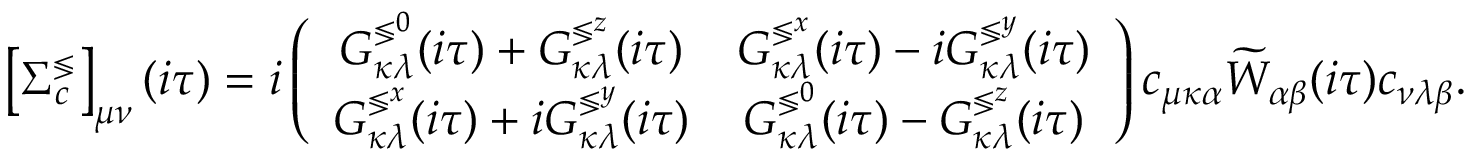
\left[ \Sigma _ { c } ^ { \lessgtr } \right] _ { \mu \nu } ( i \tau ) = i \left( \begin{array} { c c } { G _ { \kappa \lambda } ^ { \lessgtr ^ { 0 } } ( i \tau ) + G _ { \kappa \lambda } ^ { \lessgtr ^ { z } } ( i \tau ) } & { G _ { \kappa \lambda } ^ { \lessgtr ^ { x } } ( i \tau ) - i G _ { \kappa \lambda } ^ { \lessgtr ^ { y } } ( i \tau ) } \\ { G _ { \kappa \lambda } ^ { \lessgtr ^ { x } } ( i \tau ) + i G _ { \kappa \lambda } ^ { \lessgtr ^ { y } } ( i \tau ) } & { G _ { \kappa \lambda } ^ { \lessgtr ^ { 0 } } ( i \tau ) - G _ { \kappa \lambda } ^ { \lessgtr ^ { z } } ( i \tau ) } \end{array} \right) c _ { \mu \kappa \alpha } \widetilde { W } _ { \alpha \beta } ( i \tau ) c _ { \nu \lambda \beta } .